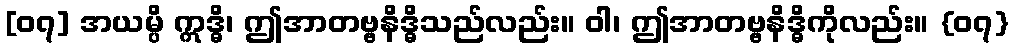
[၀၇] အယမ္ပိ ဣဒ္ဓိ၊ ဤအာတဗ္ဗနိဒ္ဓိသည်လည်း။ ဝါ၊ ဤအာတဗ္ဗနိဒ္ဓိကိုလည်း။ {၀၇}